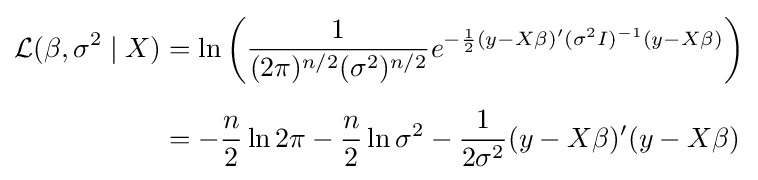
{\begin{aligned}{\mathcal {L}}(\beta ,\sigma ^{2}\mid X)&=\ln {\bigg (}{\frac {1}{(2\pi )^{n/2}(\sigma ^{2})^{n/2}}}e^{-{\frac {1}{2}}(y-X\beta )'(\sigma ^{2}I)^{-1}(y-X\beta )}{\bigg )}\\[6pt]&=-{\frac {n}{2}}\ln 2\pi -{\frac {n}{2}}\ln \sigma ^{2}-{\frac {1}{2\sigma ^{2}}}(y-X\beta )'(y-X\beta )\end{aligned}}